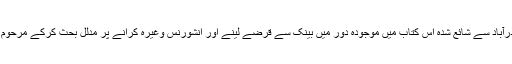
بینک انشورنس اور سرکاری قرضے: مجلس تحقیقات اسلامی حیدرآباد سے شائع شدہ اس کتاب میں موجودہ دور میں بینک سے قرضے لینے اور انشورنس وغیرہ کرانے پر مدلل بحث کرکے مرحوم نے زمانہ کے تقاضے کو سامنے رکھ کر حل پیش فرمائے ہیں۔